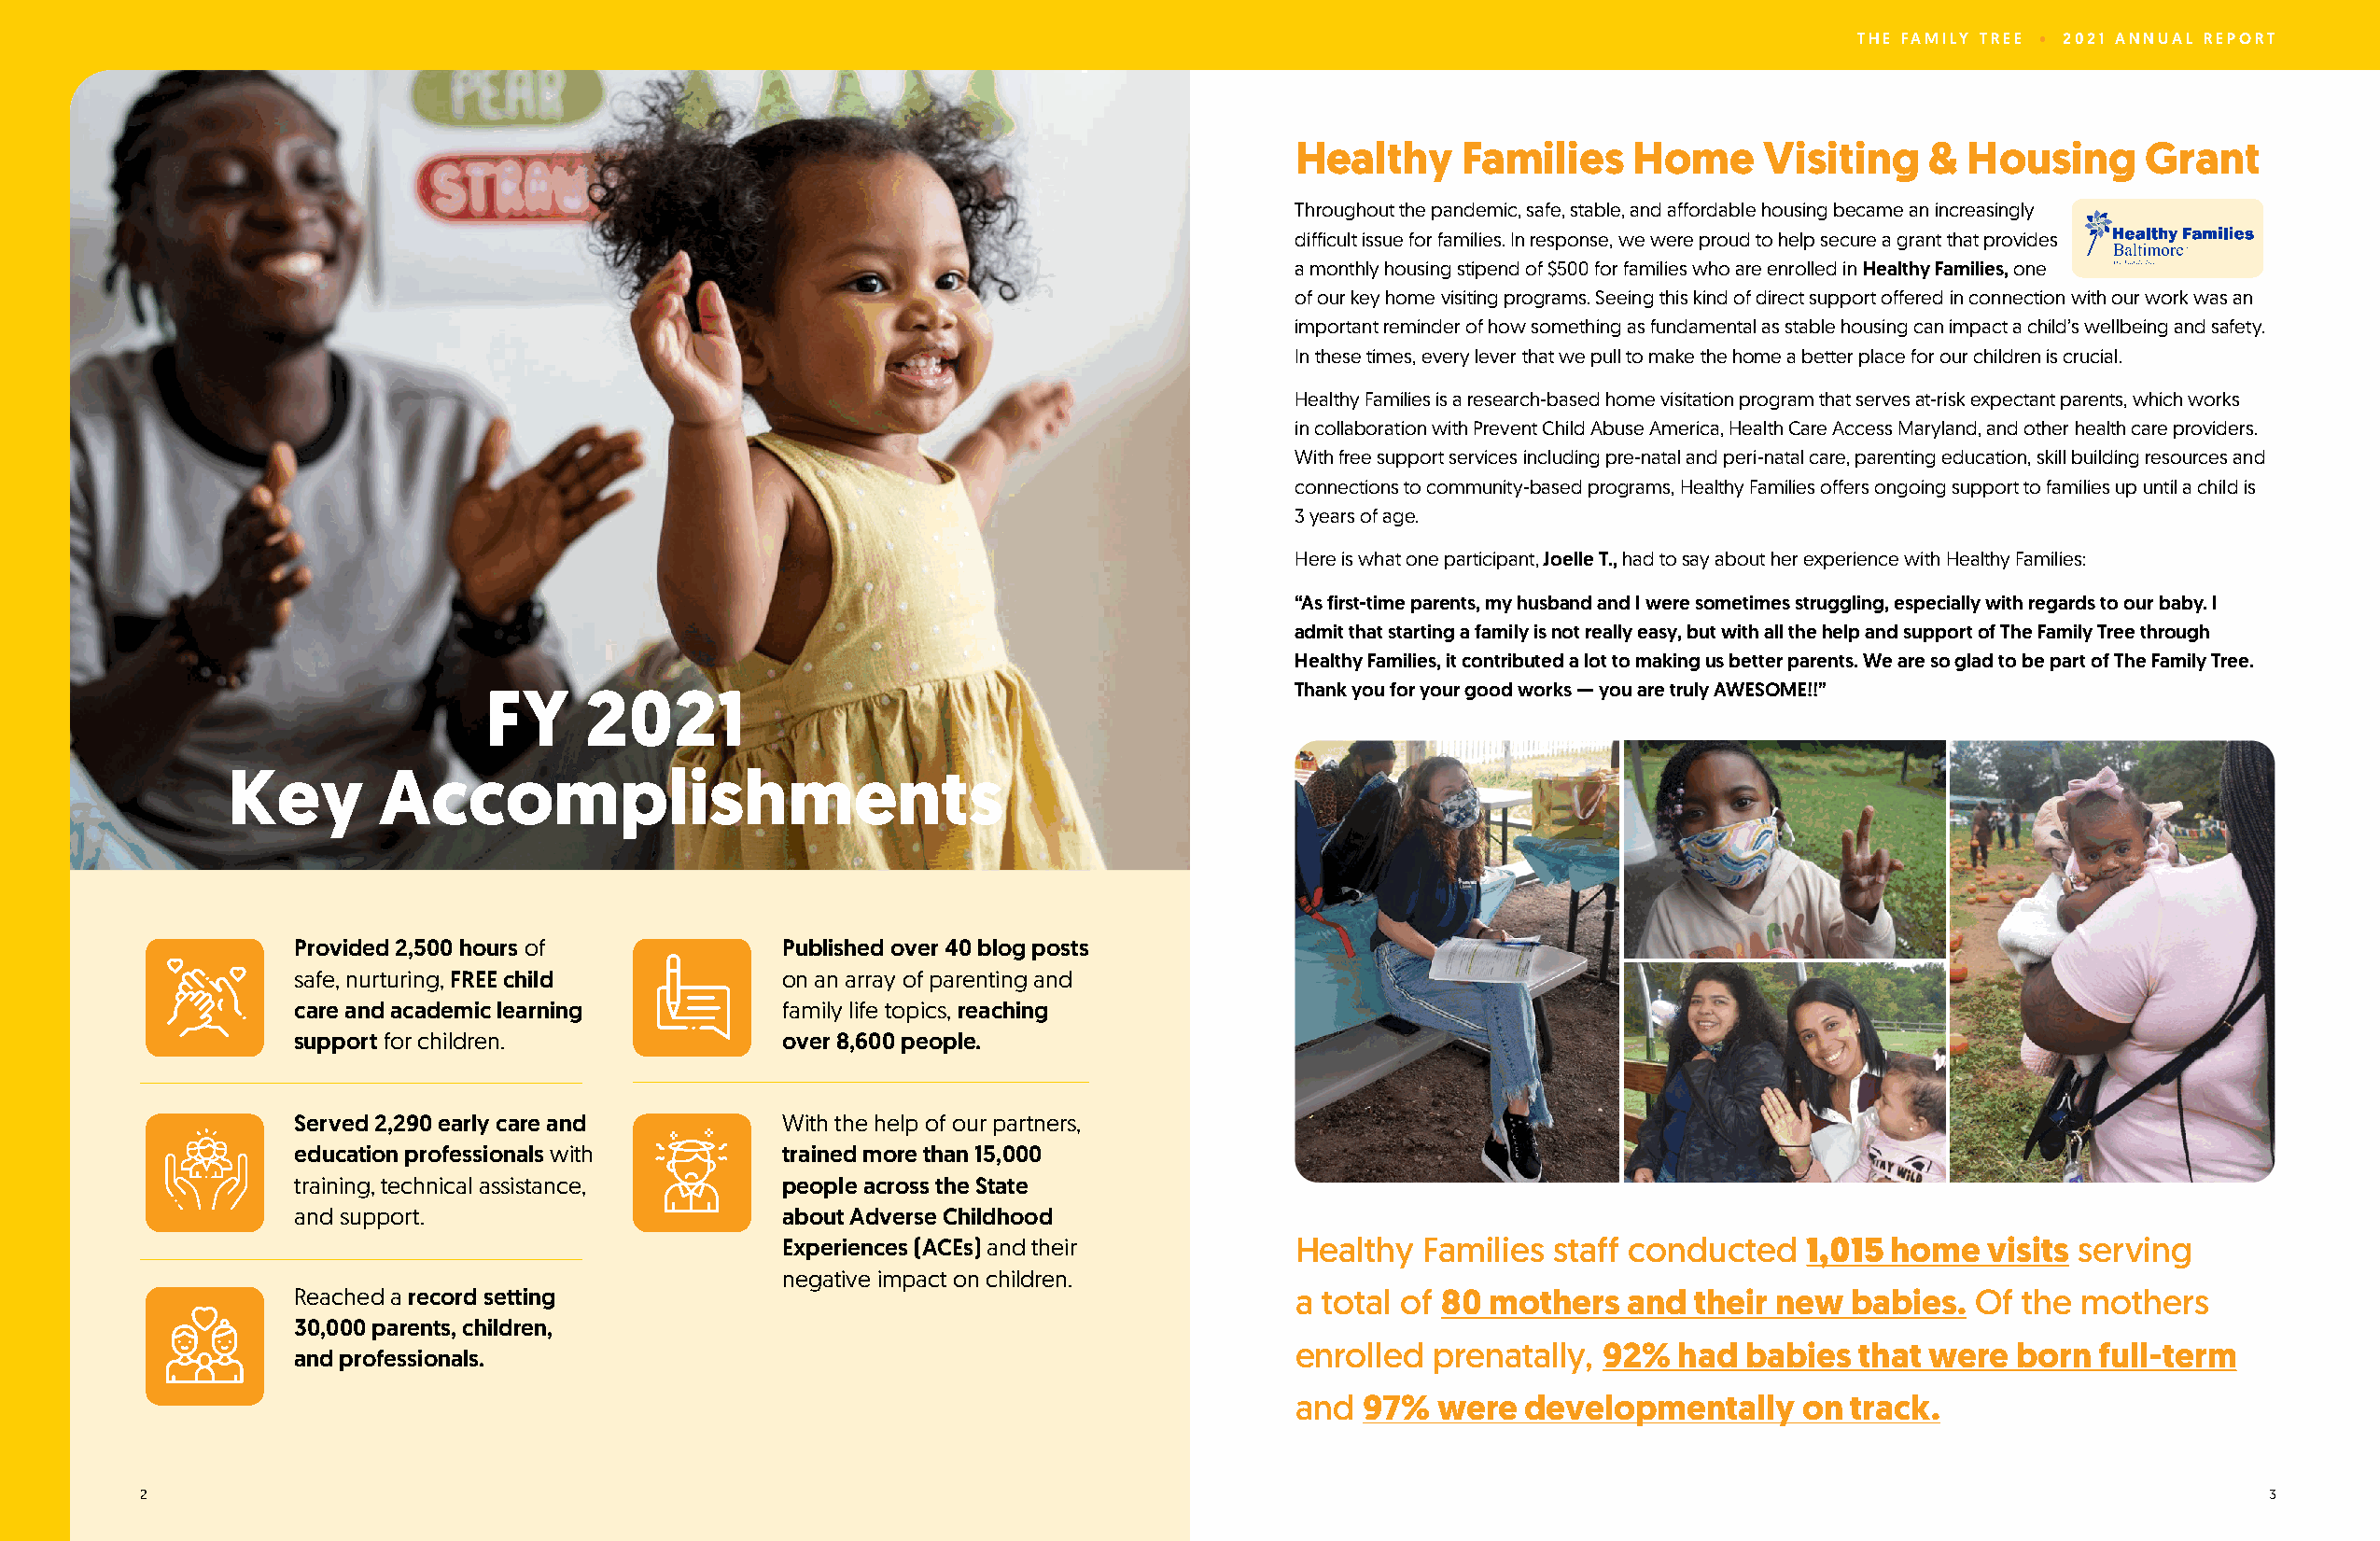
THE FAMILY TREE • 2021 ANNUAL REPORT
 Healthy     Families    Home     Visiting    &  Housing     Grant
 Throughout the pandemic, safe, stable, and affordable housing became an increasingly
 difficult issue for families. In response, we were proud to help secure a grant that provides
 a monthly housing stipend of $500 for families who are enrolled in Healthy Families, one
 of our key home visiting programs. Seeing this kind of direct support offered in connection with our work was an
 important reminder of how something as fundamental as stable housing can impact a child’s wellbeing and safety.
 In these times, every lever that we pull to make the home a better place for our children is crucial.
 Healthy Families is a research-based home visitation program that serves at-risk expectant parents, which works
 in collaboration with Prevent Child Abuse America, Health Care Access Maryland, and other health care providers.
 With free support services including pre-natal and peri-natal care, parenting education, skill building resources and
 connections to community-based programs, Healthy Families offers ongoing support to families up until a child is
 3 years of age.
 Here is what one participant, Joelle T., had to say about her experience with Healthy Families:
 “As first-time parents, my husband and I were sometimes struggling, especially with regards to our baby. I
 admit that starting a family is not really easy, but with all the help and support of The Family Tree through
 Healthy Families, it contributed a lot to making us better parents. We are so glad to be part of The Family Tree.
 Thank you for your good works — you are truly AWESOME!!”
 FY     2021
 Key        Accomplishments
 Provided 2,500 hours of           Published over 40 blog posts
 safe, nurturing, FREE child       on an array of parenting and
 care and academic learning        family life topics, reaching
 support for children.             over 8,600 people.
 Served 2,290 early care and       With the help of our partners,
 education professionals with      trained more than 15,000
 training, technical assistance,   people across the State
 and support.                      about Adverse Childhood
 Experiences (ACEs) and their         Healthy  Families staff conducted   1,015 home   visits serving
 negative impact on children.
 Reached a record setting                                               a total of 80 mothers  and  their new  babies.  Of the  mothers
 30,000 parents, children,
 enrolled  prenatally, 92%  had  babies  that were  born  full-term
 and professionals.
 and  97%  were  developmentally     on track.
 2                                                                                                                                                      3